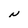
Character: N